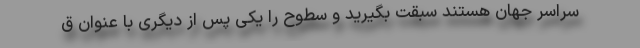
سراسر جهان هستند سبقت بگیرید و سطوح را یکی پس از دیگری با عنوان ق